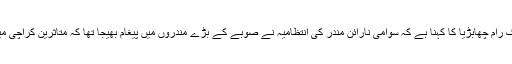
اس کیمپ کے انچارج نانک رام چھابڑیا کا کہنا ہے کہ سوامی نارائن مندر کی انتظامیہ نے صوبے کے بڑے مندروں میں پیغام بھیجا تھا کہ متاثرین کراچی میں ان کے پاس آسکتے ہیں۔